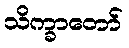
သိက္ခာတော်